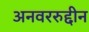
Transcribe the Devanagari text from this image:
अनवररुद्दीन